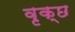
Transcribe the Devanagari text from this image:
वृक्छ